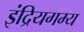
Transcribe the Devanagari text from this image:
इंद्रियगम्य